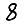
Digit: 8